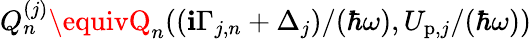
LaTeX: Q_{n}^{(j)}\equivQ_{n}({(\mathbf{i}\Gamma_{j,n}+\Delta_{j})}/{(\hbar\omega)},{U_{\mathrm{{p}},j}}/{(\hbar\omega)})